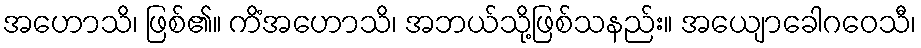
အဟောသိ၊ ဖြစ်၏။ ကိံအဟောသိ၊ အဘယ်သို့ဖြစ်သနည်း။ အယျောခေါဂဝေသီ၊